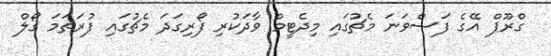
ގްރޫޕް އޭގެ ފަސްވަނަ މެޗުގައި މިދެޓީމް ވާދަކުރި ފޯރިގަދަ މެޗުގައި ފުރަތަމަ ގޯލް